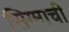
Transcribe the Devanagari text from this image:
सिग्माची